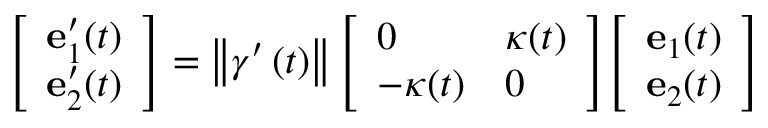
{ \left[ \begin{array} { l } { \mathbf { e } _ { 1 } ^ { \prime } ( t ) } \\ { \mathbf { e } _ { 2 } ^ { \prime } ( t ) } \end{array} \right] } = \left\Vert \gamma ^ { \prime } \left( t \right) \right\Vert { \left[ \begin{array} { l l } { 0 } & { \kappa ( t ) } \\ { - \kappa ( t ) } & { 0 } \end{array} \right] } { \left[ \begin{array} { l } { \mathbf { e } _ { 1 } ( t ) } \\ { \mathbf { e } _ { 2 } ( t ) } \end{array} \right] }